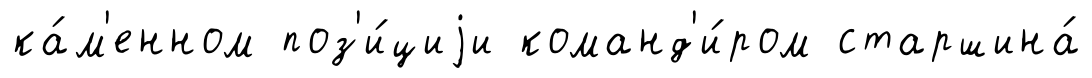
ка́м'енном поз'и́циjи команд'и́ром старшина́